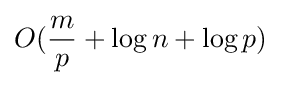
O({\frac {m}{p}}+\log n+\log p)